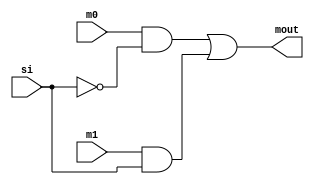
module mux2x1(input m0,input m1,input si,output mout);
	wire ns, and0, and1;
	not(ns, si);

	and(and0, m0, ns);
	and(and1, m1, si );
	or(mout, and0, and1);
endmodule